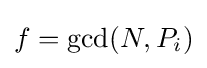
f=\gcd(N,P_{i})